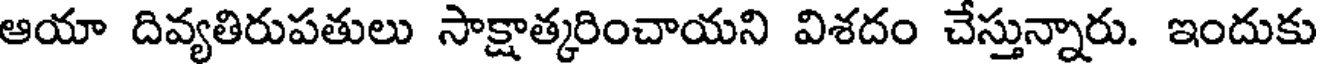
ఆయా దివ్యతిరుపతులు సాక్షాత్కరించాయని విశదం చేస్తున్నారు. ఇందుకు